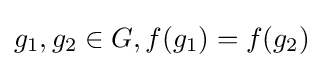
g_{1},g_{2}\in G,f(g_{1})=f(g_{2})